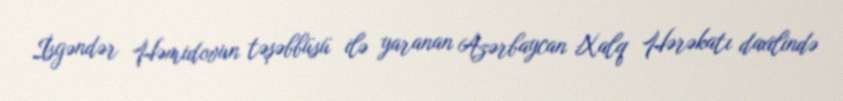
İsgəndər Həmidovun təşəbbüsü ilə yaranan Azərbaycan Xalq Hərəkatı daxilində